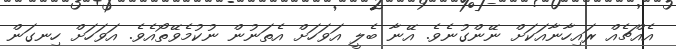
އެއްޗެއް ރައިހާނާއަކަަށް ނޭންގުނެވެ. އޭނާ ބެލީ އަވަހަށް އެތަނުން ނުކުމެވޭތޯއެވެ. އަވަހަށް ހިނގަން